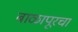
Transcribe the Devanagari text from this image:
बाळापूरचा